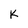
Character: k